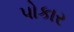
પોકાર